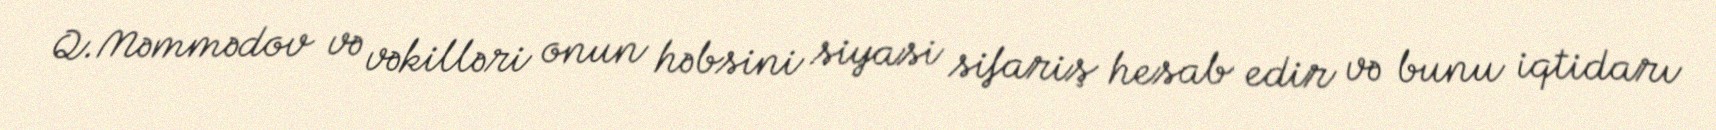
Q.Məmmədov və vəkilləri onun həbsini siyasi sifariş hesab edir və bunu iqtidarı